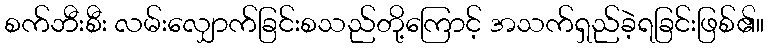
စက်ဘီးစီး လမ်းလျှောက်ခြင်းစသည်တို့ကြောင့် အသက်ရှည်ခဲ့ရခြင်းဖြစ်၏။